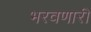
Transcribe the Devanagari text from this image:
भरवणारी